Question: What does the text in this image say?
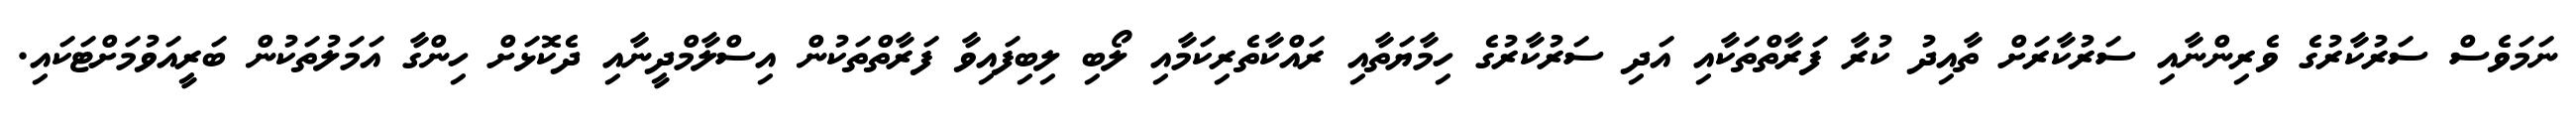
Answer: ނަމަވެސް ސަރުކާރުގެ ވެރިންނާއި ސަރުކާރަށް ތާއިދު ކުރާ ފަރާތްތަކާއި އަދި ސަރުކާރުގެ ހިމާޔަތާއި ރައްކާތެރިކަމާއި ލޯބި ލިބިފައިވާ ފަރާތްތަކުން އިސްލާމްދީނާއި ދެކޮޅަށް ހިންގާ އަމަލުތަކުން ބަރީއަވުމަށްޓަކައި.